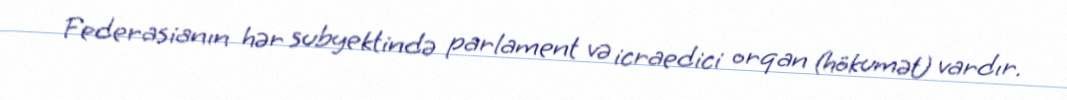
Federasianın hər subyektində parlament və icraedici orqan (hökumət) vardır.